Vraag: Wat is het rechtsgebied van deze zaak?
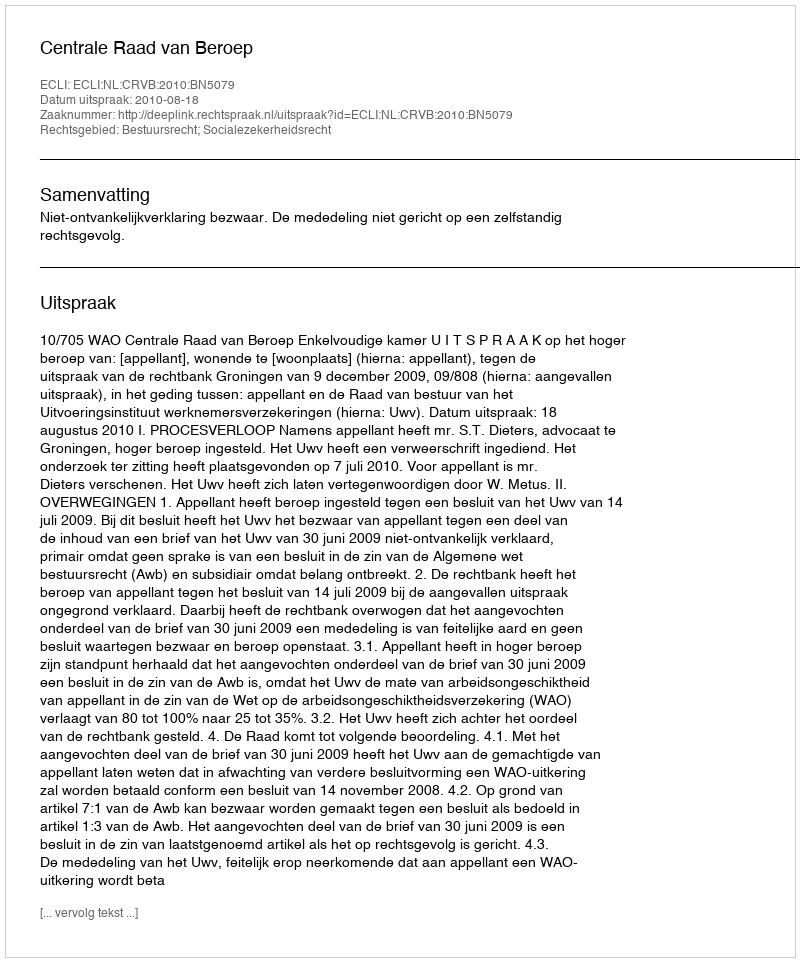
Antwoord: Bestuursrecht; Socialezekerheidsrecht